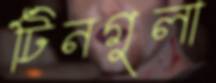
টিনগুলা